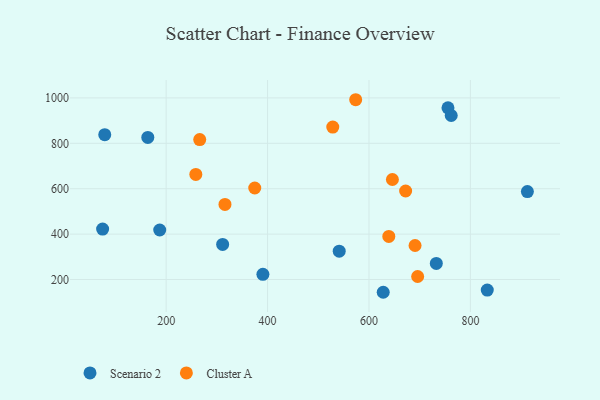
{"axis": {"x": "Speed", "y": "Sales"}, "legend": ["Cluster A", "Scenario 2"], "data": [{"x": "755.8", "y": 956.2, "type": "Scenario 2"}, {"x": "187.3", "y": 418.1, "type": "Scenario 2"}, {"x": "541.3", "y": 324.7, "type": "Scenario 2"}, {"x": "732.8", "y": 270.6, "type": "Scenario 2"}, {"x": "390.8", "y": 222.9, "type": "Scenario 2"}, {"x": "163.8", "y": 826.0, "type": "Scenario 2"}, {"x": "912.4", "y": 587.3, "type": "Scenario 2"}, {"x": "762.2", "y": 922.4, "type": "Scenario 2"}, {"x": "78.9", "y": 838.0, "type": "Scenario 2"}, {"x": "311.4", "y": 354.6, "type": "Scenario 2"}, {"x": "628.1", "y": 143.7, "type": "Scenario 2"}, {"x": "833.3", "y": 153.3, "type": "Scenario 2"}, {"x": "74.7", "y": 422.1, "type": "Scenario 2"}, {"x": "672.3", "y": 589.8, "type": "Cluster A"}, {"x": "266.2", "y": 816.3, "type": "Cluster A"}, {"x": "639.1", "y": 389.6, "type": "Cluster A"}, {"x": "316.0", "y": 530.6, "type": "Cluster A"}, {"x": "646.2", "y": 640.6, "type": "Cluster A"}, {"x": "696.0", "y": 213.3, "type": "Cluster A"}, {"x": "528.6", "y": 871.6, "type": "Cluster A"}, {"x": "258.5", "y": 663.0, "type": "Cluster A"}, {"x": "573.8", "y": 992.0, "type": "Cluster A"}, {"x": "374.7", "y": 603.1, "type": "Cluster A"}, {"x": "690.9", "y": 349.8, "type": "Cluster A"}]}